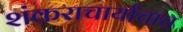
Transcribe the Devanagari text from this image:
शंकराचार्याचाच